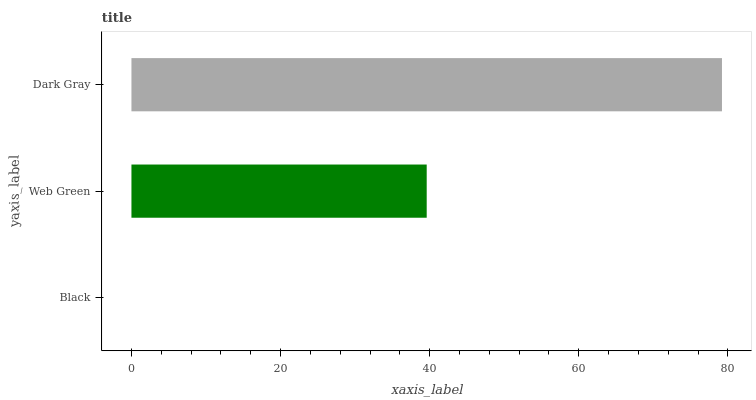
| yaxis_label | bars |
 | --- | --- |
 | Black | 0 |
 | Web Green | 39.6 |
 | Dark Gray | 79.2 |